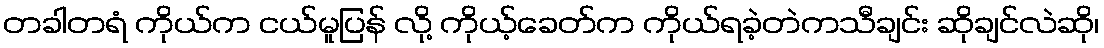
တခါတရံ ကိုယ်က ငယ်မူပြန် လို့ ကိုယ့်ခေတ်က ကိုယ်ရခဲ့တဲကသီချင်း ဆိုချင်လဲဆို၊